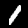
Label: 1